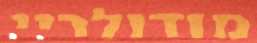
מודולריי